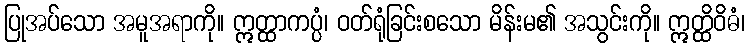
ပြုအပ်သော အမူအရာကို။ ဣတ္ထာကပ္ပံ၊ ဝတ်ရုံခြင်းစသော မိန်းမ၏ အသွင်းကို။ ဣတ္ထိဝိဓံ၊